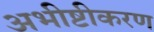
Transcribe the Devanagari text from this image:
अभीष्टीकरण